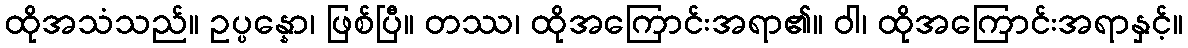
ထိုအသံသည်။ ဥပ္ပန္နော၊ ဖြစ်ပြီ။ တဿ၊ ထိုအကြောင်းအရာ၏။ ဝါ၊ ထိုအကြောင်းအရာနှင့်။